Vaccination report Assam 1874-1896 - 1874-1896
Year: 1874
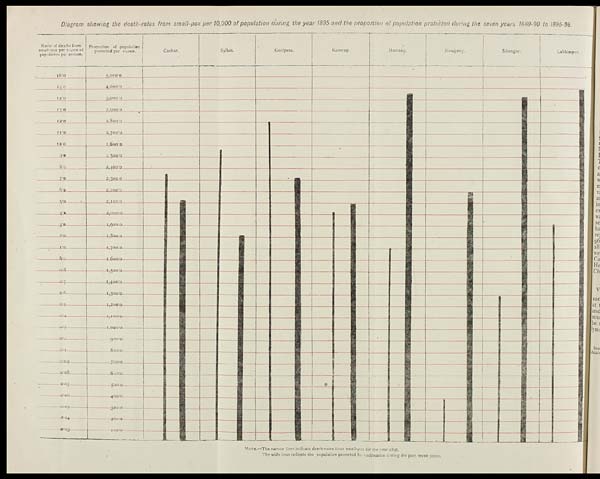
Diagram showing the death-rates from small-pox per 10,000 of population during the year 1895 and the proportion of population protected during the seven years 1889-90 to 1895-96.
NOTE.—The narrow lines indicate death-rales from small-pox for the year 1895.
The wide lines indicate the population protected by vaccination during the past seven years.